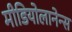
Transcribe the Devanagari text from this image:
मीडियोलानेन्स